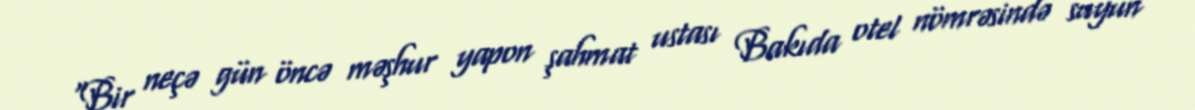
“Bir neçə gün öncə məşhur yapon şahmat ustası Bakıda otel nömrəsində suyun